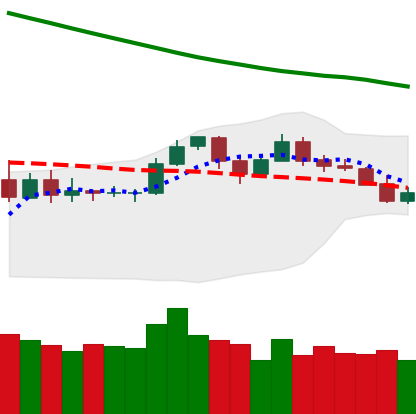
Ticker: LTC-USD
Chart end date: 2019-11-16
Forward return: -13.118%
Label: down_7plus